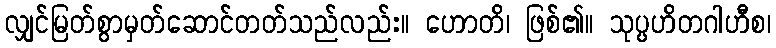
လျှင်မြတ်စွာမှတ်ဆောင်တတ်သည်လည်း။ ဟောတိ၊ ဖြစ်၏။ သုပ္ပဟိတဂါဟီစ၊